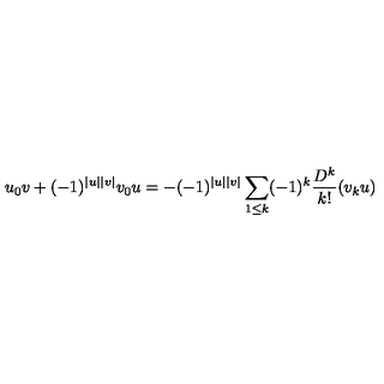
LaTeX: u _ { 0 } v + ( - 1 ) ^ { | u | | v | } v _ { 0 } u = - ( - 1 ) ^ { | u | | v | } \sum _ { 1 \leq k } ( - 1 ) ^ { k } \frac { D ^ { k } } { k ! } ( v _ { k } u )